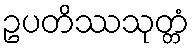
ဥပတိဿသုတ္တံ